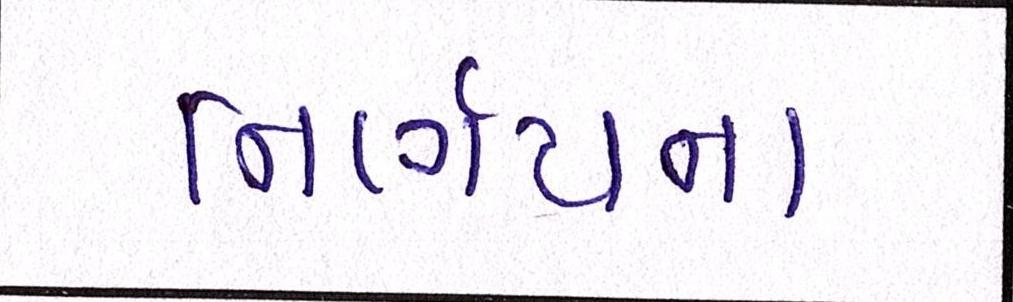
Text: નિર્ણયના